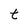
Character: t